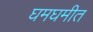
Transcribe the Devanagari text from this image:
घमघमीत